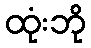
ထုံးဘို